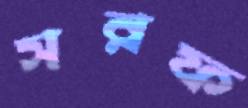
সরফ